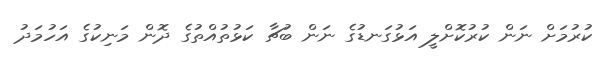
ކުރުމަށް ނަން ކުރުކޮށްލީ އަޅުގަނޑުގެ ނަން ބުޗާ ކަޅުތުއްތުގެ ދޮން މަނިކުގެ އަހުމަދު